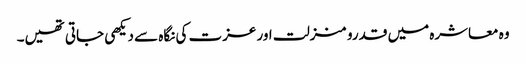
وہ معاشرہ میں قدرو منزلت اور عزت کی نگاہ سے دیکھی جاتی تھیں۔